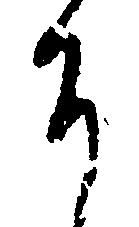
そ